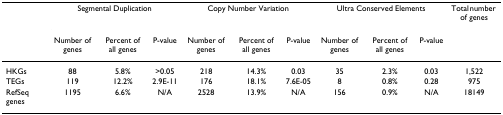
|  | <COLSPAN=3> Segmental Duplication | <COLSPAN=3> Copy Number Variation | <COLSPAN=3> Ultra Conserved Elements | Total number of genes |
 |  | Number of genes | Percent of all genes | P-value | Number of genes | Percent of all genes | P-value | Number of genes | Percent of all genes | P-value |  |
 | --- | --- | --- | --- | --- | --- | --- | --- | --- | --- | --- |
 | HKGs | 88 | 5.8% | >0.05 | 218 | 14.3% | 0.03 | 35 | 2.3% | 0.03 | 1,522 |
 | TEGs | 119 | 12.2% | 2.9E-11 | 176 | 18.1% | 7.6E-05 | 8 | 0.8% | 0.28 | 975 |
 | RefSeq genes | 1195 | 6.6% | N/A | 2528 | 13.9% | N/A | 156 | 0.9% | N/A | 18149 |